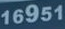
16951